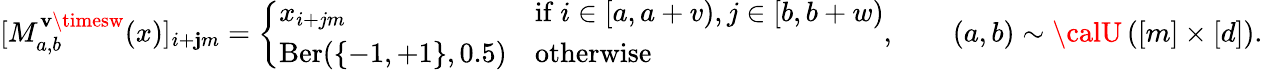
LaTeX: [M_{a,b}^{\mathbf{v}\timesw}(x)]_{i+\mathbf{j}m}=\left\{ \begin{array}{ll}{x_{i+jm}}&{\mathrm{if~}i\in[a,a+v),j\in[b,b+w)}\\ {\operatorname{Ber}(\{ -1,+1\} ,0.5)}&{\mathrm{otherwise}}\end{array}\right.,\qquad(a,b)\sim{\calU}\left([m]\times[d]\right).